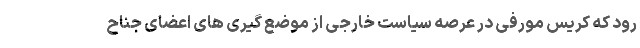
رود که کریس مورفی در عرصه سیاست خارجی از موضع گیری های اعضای جناح